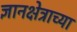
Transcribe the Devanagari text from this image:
ज्ञानक्षेत्राच्या